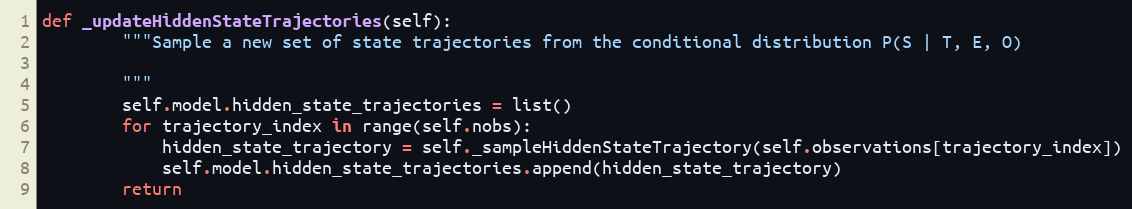
Language: Python
def _updateHiddenStateTrajectories(self):
        """Sample a new set of state trajectories from the conditional distribution P(S | T, E, O)

        """
        self.model.hidden_state_trajectories = list()
        for trajectory_index in range(self.nobs):
            hidden_state_trajectory = self._sampleHiddenStateTrajectory(self.observations[trajectory_index])
            self.model.hidden_state_trajectories.append(hidden_state_trajectory)
        return